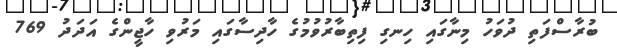
ބުރާސްފަތި ދުވަހު މިނާގައި ހިނގި ފިތިބާރުވުމުގެ ހާދިސާގައި މަރުވި ހާޖީންގެ އަދަދު 769